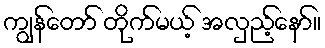
ကျွန်တော် တိုက်မယ့် အလှည့်နော်။